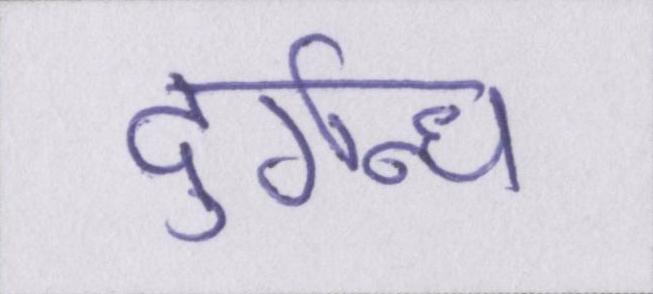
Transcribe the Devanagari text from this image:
दुर्गन्ध